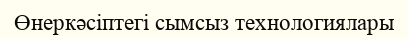
Өнеркәсiптегi сымсыз технологиялары